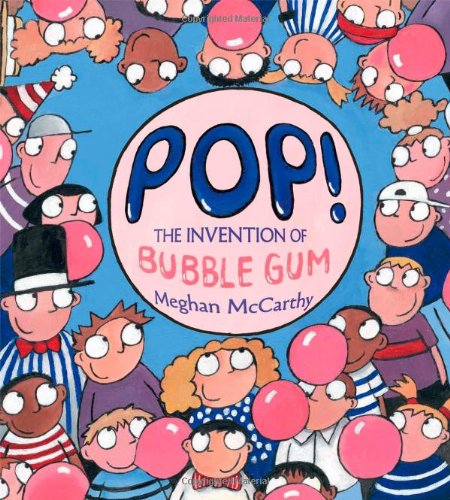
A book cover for Pop!: The Invention of Bubble Gum; Meghan McCarthy; Children's Books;